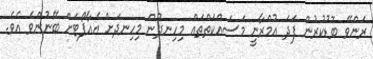
ރަންވޭ ބޮޑުކުރުން ފަދަ އުމްރާނީ މަސައްކަތްތައް މިހިނދުން މިހިނދަށް އެއާޕޯޓަށް ބޭނުންވެ އެވެ.